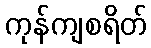
ကုန်ကျစရိတ်